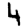
Digit: 4